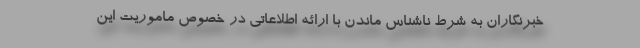
خبرنگاران به شرط ناشناس ماندن با ارائه اطلاعاتی در خصوص ماموریت این